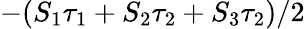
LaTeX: -(S_{1}\tau_{1}+S_{2}\tau_{2}+S_{3}\tau_{2})/2